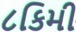
૮કિમી